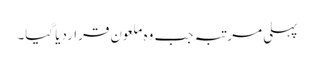
پہلی مرتبہ جب وہ ملعون قراردیا گیا۔